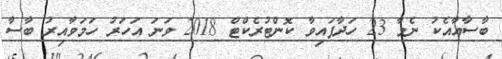
ބާސާއާއެކު ނެމާ 23 ހަދާފައިވާ ކޮންޓުރެކްޓް 2018 ވަނަ އަހަރު ހަމަވާއިރު ބާސާ